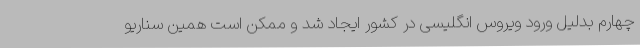
چهارم بدلیل ورود ویروس انگلیسی در کشور ایجاد شد و ممکن است همین سناریو